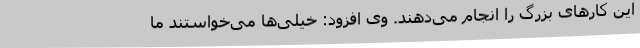
این کارهای بزرگ را انجام می‌دهند. وی افزود: خیلی‌ها می‌خواستند ما